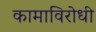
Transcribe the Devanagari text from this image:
कामाविरोधी